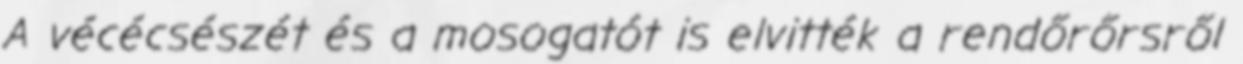
A vécécsészét és a mosogatót is elvitték a rendőrőrsről